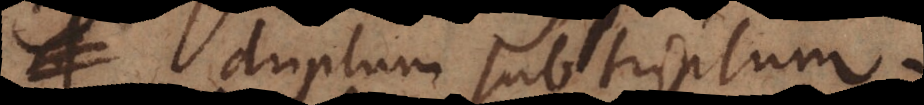
duplum subtriplum.